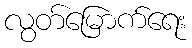
လွတ်မြောက်ရေး